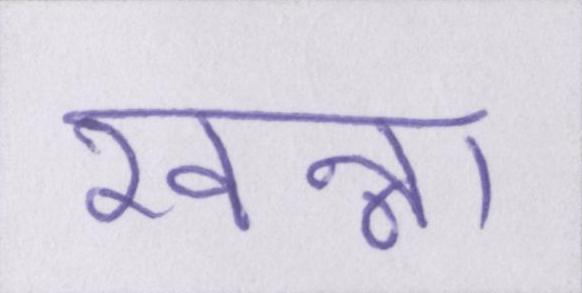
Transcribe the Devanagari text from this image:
खन्ना